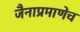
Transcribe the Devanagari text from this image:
जैनाप्रमाणेच